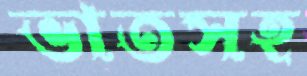
ভাতসহ